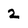
Character: 2